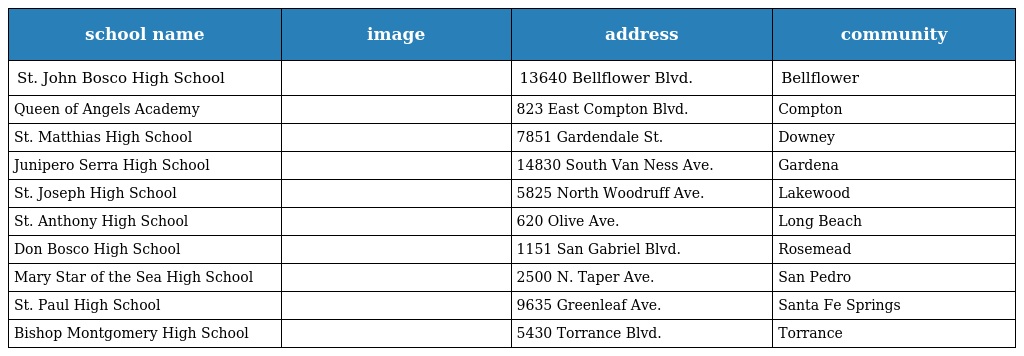
| school name | image | address | community |
 | --- | --- | --- | --- |
 | St. John Bosco High School |  | 13640 Bellflower Blvd. | Bellflower |
 | Queen of Angels Academy |  | 823 East Compton Blvd. | Compton |
 | St. Matthias High School |  | 7851 Gardendale St. | Downey |
 | Junipero Serra High School |  | 14830 South Van Ness Ave. | Gardena |
 | St. Joseph High School |  | 5825 North Woodruff Ave. | Lakewood |
 | St. Anthony High School |  | 620 Olive Ave. | Long Beach |
 | Don Bosco High School |  | 1151 San Gabriel Blvd. | Rosemead |
 | Mary Star of the Sea High School |  | 2500 N. Taper Ave. | San Pedro |
 | St. Paul High School |  | 9635 Greenleaf Ave. | Santa Fe Springs |
 | Bishop Montgomery High School |  | 5430 Torrance Blvd. | Torrance |